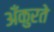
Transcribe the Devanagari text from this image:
अँकुरते